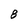
Character: 8